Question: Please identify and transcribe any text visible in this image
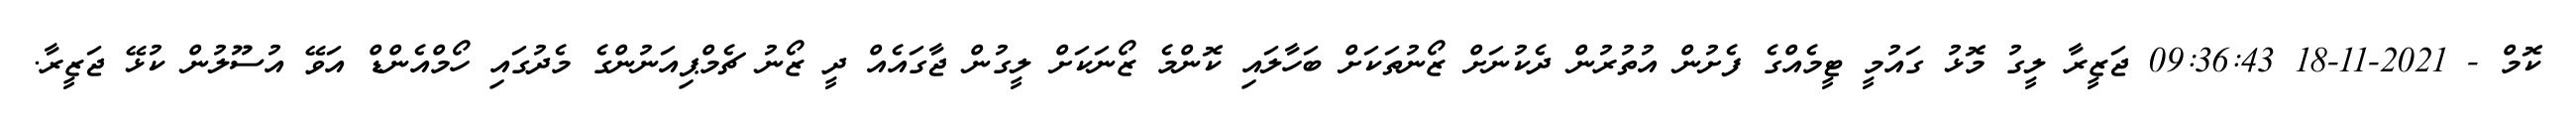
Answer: ކޮމް - 2021-11-18 09:36:43 ޖަޒީރާ ލީގު މޮޅު ގައުމީ ޓީމެއްގެ ފެށުން އުތުރުން ދެކުނަށް ޒޯނުތަކަށް ބަހާލައި ކޮންމެ ޒޯނަކަށް ލީގުން ޖާގައެއް ދީ ޒޯނު ޗެމްޕިއަނުންގެ މެދުގައި ހޯމްއެންޑް އަވޭ އުސޫލުން ކުޅޭ ޖަޒީރާ.